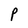
Character: P